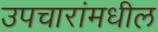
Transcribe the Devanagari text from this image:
उपचारांमधील